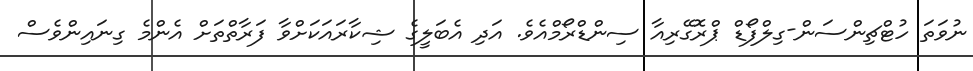
ނުވަތަ ހުޓްޗިންސަން-ގިލްފޯޑް ޕްރޮގޭރިއާ ސިންޑްރޯމްއެވެ. އަދި އެބަލީގެ ޝިކާރައަކަށްވާ ފަރާތްތަށް އެންމެ ގިނައިންވެސް